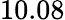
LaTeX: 10.08